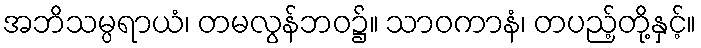
အဘိသမ္ပရာယံ၊ တမလွန်ဘဝ၌။ သာဝကာနံ၊ တပည့်တို့နှင့်။